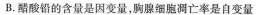
B.醋酸铅的含量是因变量，胸腺细胞凋亡率是自变量